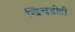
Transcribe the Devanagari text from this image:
खिचडीही